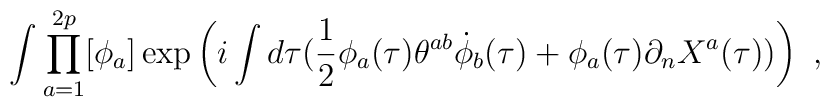
\int \prod_{a=1}^{2p}[\phi_a]\exp\left(i\int d\tau(\frac{1}{2}\phi_a(\tau)\theta^{ab}\dot{\phi}_b(\tau)+\phi_a(\tau)\partial_nX^a (\tau))\right) \  ,